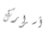
أسرارك